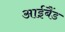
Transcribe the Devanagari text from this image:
आईबैंड